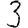
Digit: 3